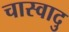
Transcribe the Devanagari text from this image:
चास्वादु